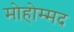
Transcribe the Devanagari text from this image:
मोहोम्मद